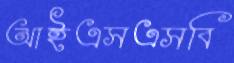
আইএসএসবি